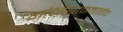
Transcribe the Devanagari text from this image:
गांधीधाममार्गेच